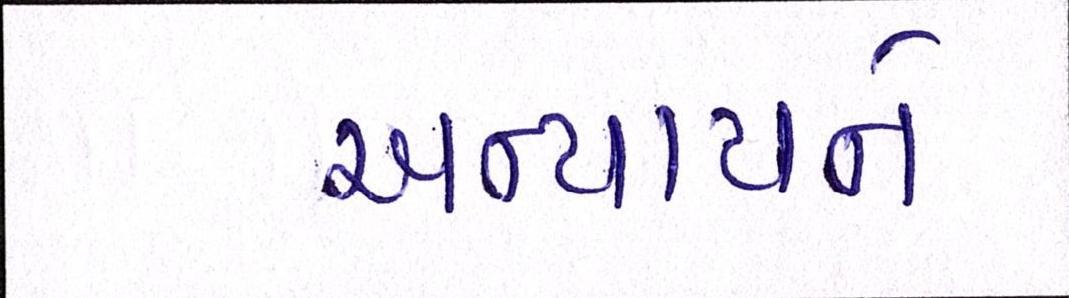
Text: અન્યાયને